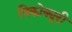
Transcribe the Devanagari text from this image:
पिकोक्यूरी